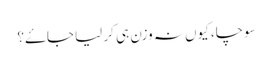
سوچا، کیوں نہ وزن ہی کر لیا جاۓ؟